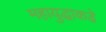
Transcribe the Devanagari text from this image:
महायुद्धाकडे